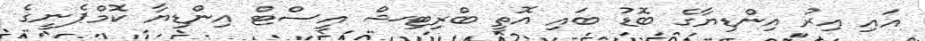
އައި އިރު އިންޑިޔާގެ ބޮޑު ބައި އޮތީ ބްރިޓިޝް އީސްޓް އިންޑިޔާ ކޮމްޕެނީގެ